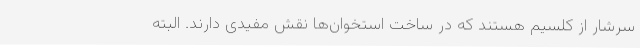
سرشار از کلسیم هستند که در ساخت استخوان‌ها نقش مفیدی دارند. البته